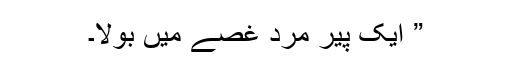
” ایک پیر مرد غصے میں بولا۔